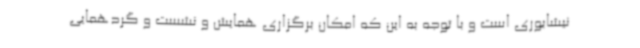
نیشابوری است و با توجه به این که امکان برگزاری همایش و نشست و گردهمایی